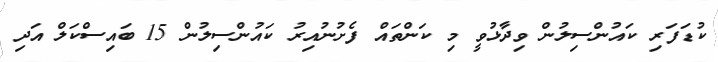
ކުޑަފަރި ކައުންސިލުން ވިދާޅުވީ މި ކަންތައް ފެށުނުއިރު ކައުންސިލުން 15 ބައިސްކަލް އަދި